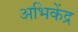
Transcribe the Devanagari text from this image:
अभिकेंद्र